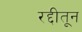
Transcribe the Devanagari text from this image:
रद्दीतून